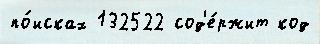
по́исках 132522 сод'е́ржит код